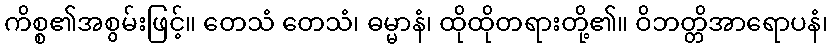
ကိစ္စ၏အစွမ်းဖြင့်။ တေသံ တေသံ၊ ဓမ္မာနံ၊ ထိုထိုတရားတို့၏။ ဝိဘတ္တိအာရောပနံ၊